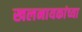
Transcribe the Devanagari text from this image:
खलनायकांच्या